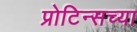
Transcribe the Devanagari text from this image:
प्रोटिन्सच्या